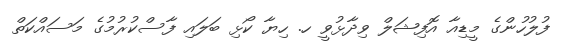
ފުލުހުންގެ މީޑިއާ އޮފިޝަލް ވިދާޅުވީ ހ. ހިޔާ ކޯޅި ބަލައި ފާސްކުރުމުގެ މަސައްކަތް